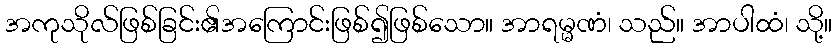
အကုသိုလ်ဖြစ်ခြင်း၏အကြောင်းဖြစ်၍ဖြစ်သော။ အာရမ္မဏံ၊ သည်။ အာပါထံ၊ သို့။